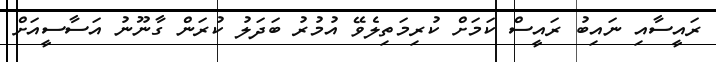
ރައީސާއި ނައިބު ރައީސް ކަމަށް ކުރިމަތިލެވޭ އުމުރު ބަދަލު ކުރަން ގާނޫނު އަސާސީއަށް